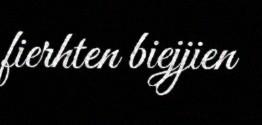
fierhten biejjien